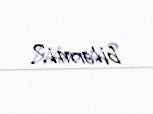
bilərmi?.